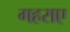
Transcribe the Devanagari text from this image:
गहराए